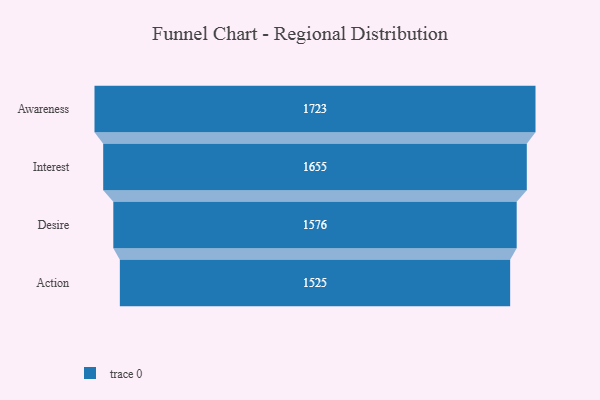
{"axis": {"x": "Stage", "y": "Value"}, "legend": [""], "data": [{"x": "Awareness", "y": 1723.0, "type": ""}, {"x": "Interest", "y": 1655.0, "type": ""}, {"x": "Desire", "y": 1576.0, "type": ""}, {"x": "Action", "y": 1525.0, "type": ""}]}